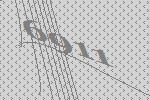
6911